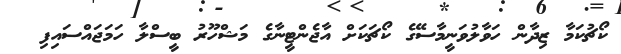
ކޯޗުކަމާ ޒިދާން ހަވާލުވަނީމާސޭގެ ކޯޗަކަށް އާޖެންޓީނާގެ މަޝްހޫރު ބީސްލާ ހަމަޖައްސައިފި